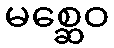
မစ္ဆေဝ